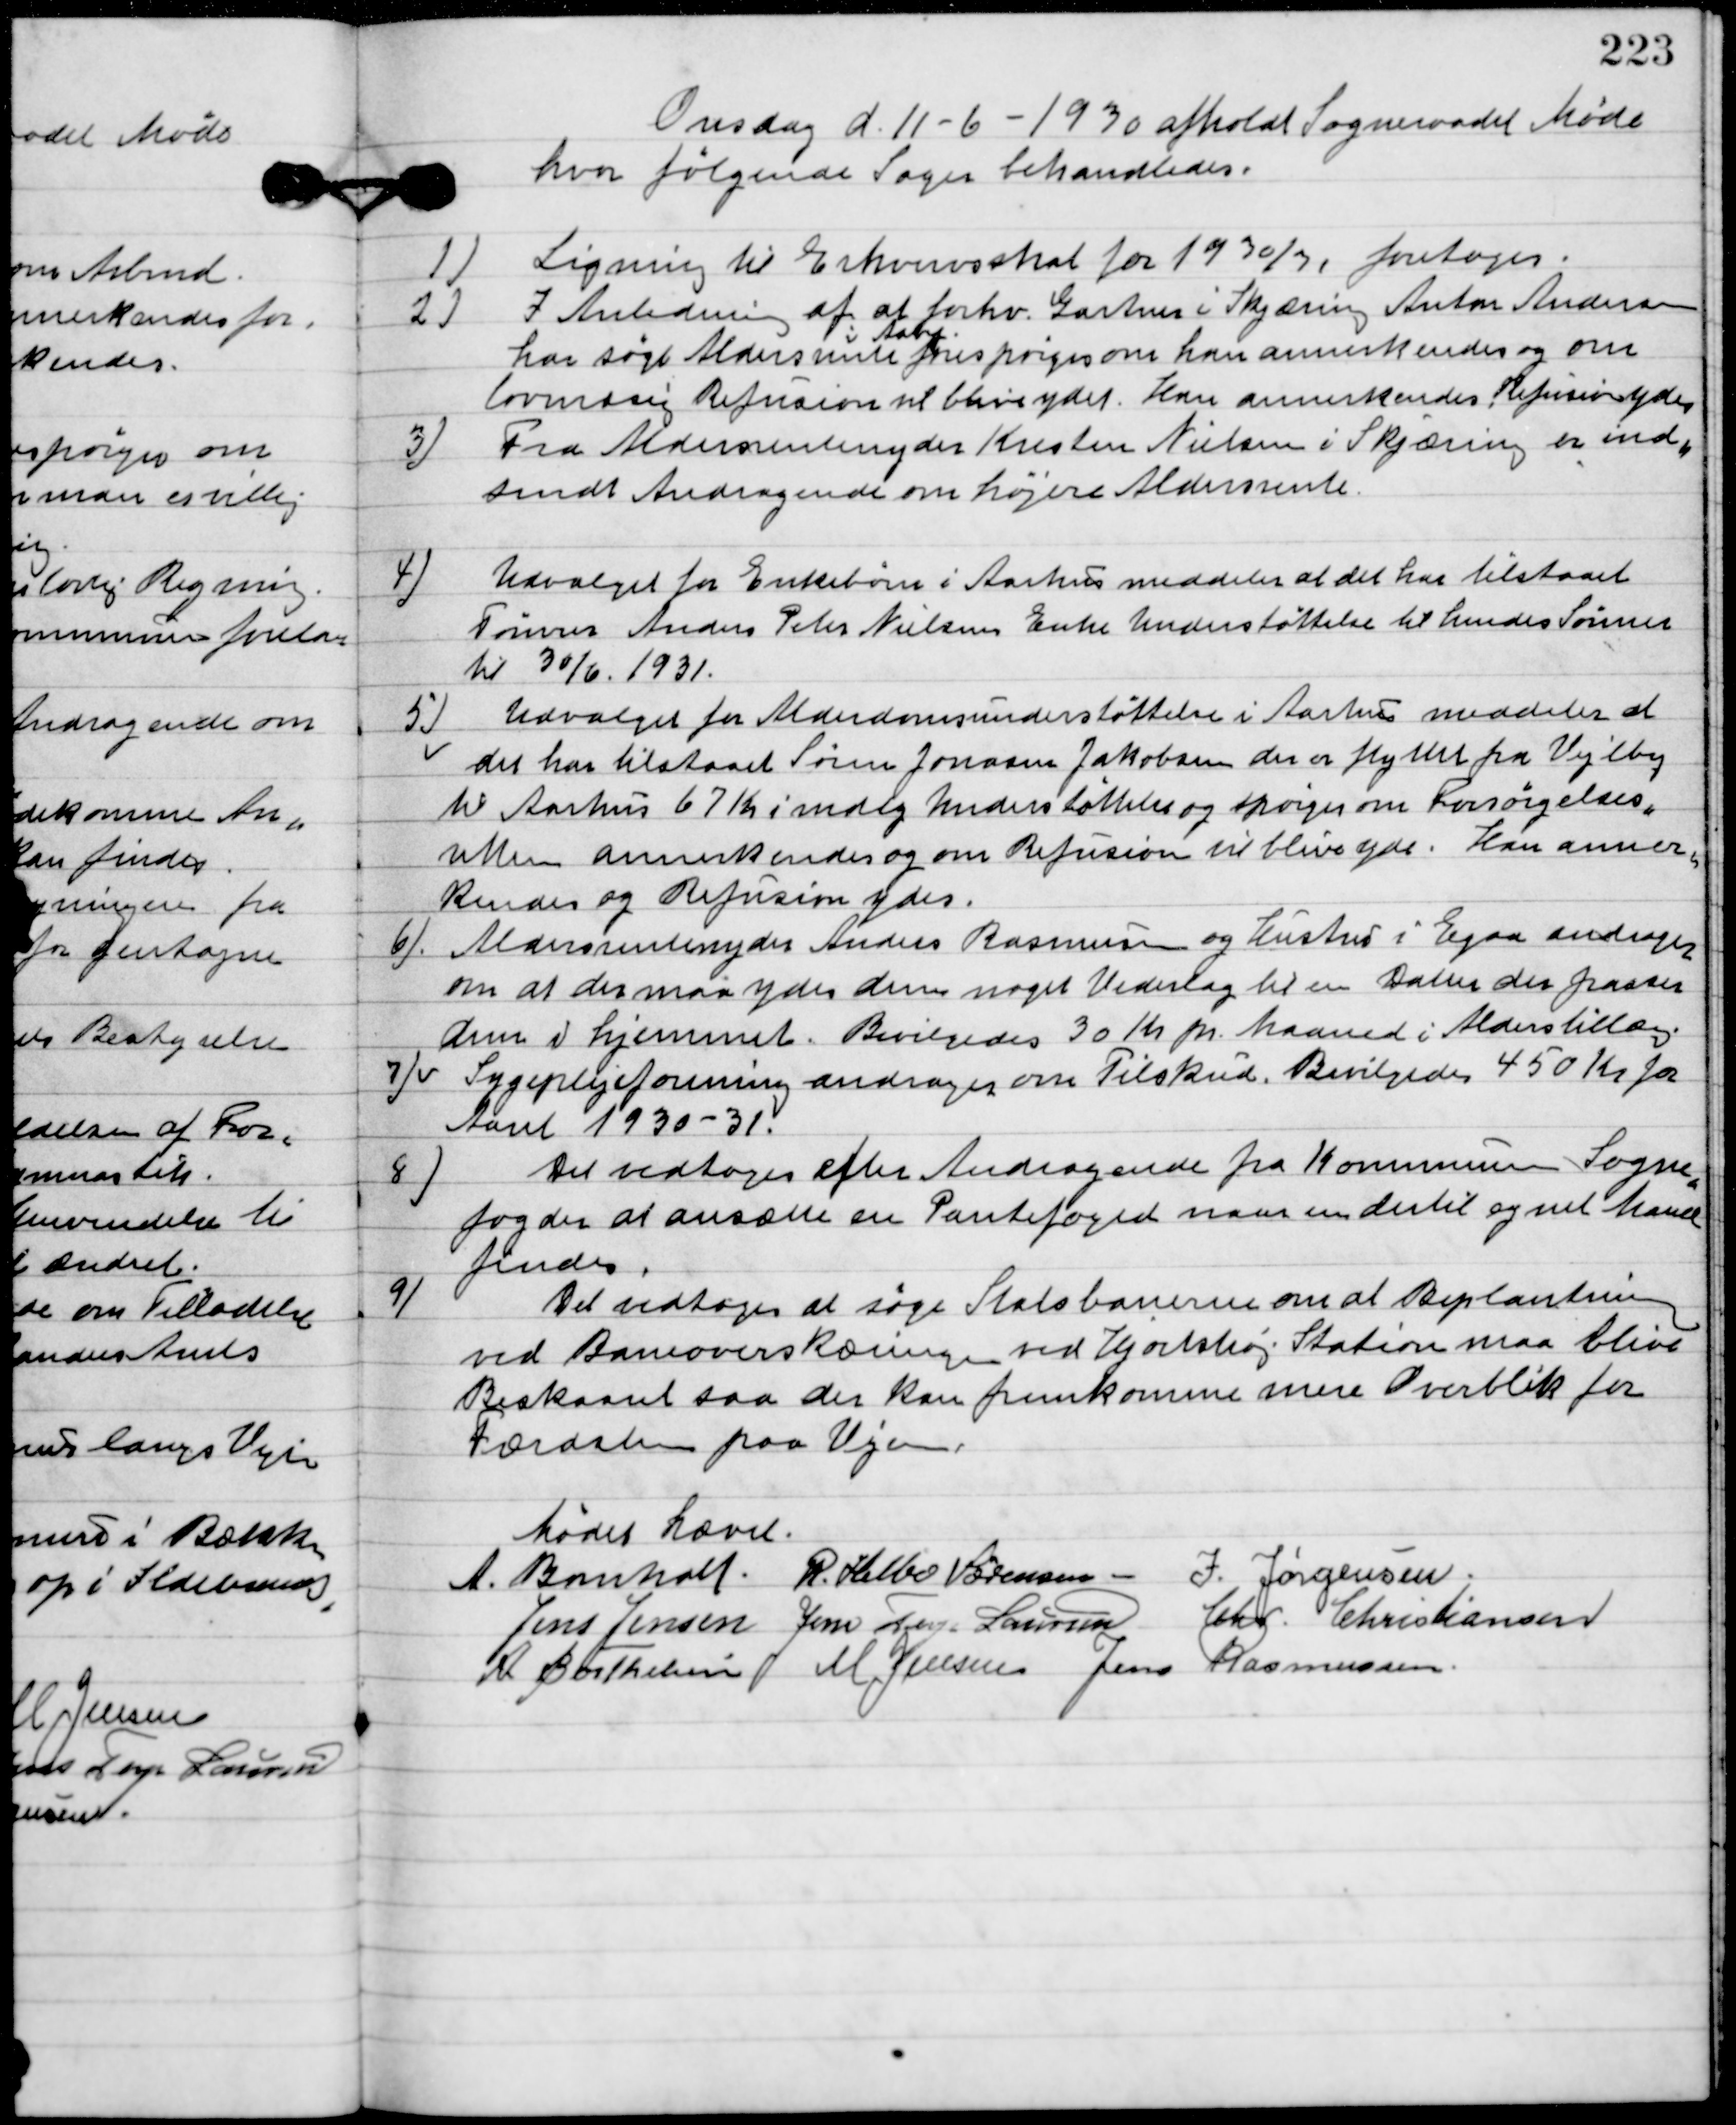
Transskription:
Onsdag d. 11-6-1930 afholdt Sogneraadet Møde
hvor følgende sager behandledes.

1

Ligning til Erhvervsskat for 1930/31 foretoges.

2

I anledningen af at forhv. Gartner i Skjæring Anton Andersen
har søgt aldersrente
 i Aarhus
forespørger om han annerkendes og om
lovmæssig refusion vil blive ydet.
Han annerkendes Refusions ydes.

3

Fra Aldersrentenyder Kristen Nielsen i Skjæring er ind-
sendt andragende om højere Aldersrente.

4

Udvalget for enkebørn i Aarhus meddeler at det har tilstaaet
Tømrer Anders Peter Nielsen Enke Understøttelse til hendes Sønner
til 30/6. 1931.

5

Udvalget for Aldersrenteunderstøttelse i Aarhus meddeler at
det har tilstaaet Søren Jonasen Jakobsen der er flyttet fra Vejleby
til Aarhus 67 Kr. i Mdnlg. Understøttelse og spørger om forsørgelsen
ville annerkends og om refusion vil blive ydet.
Kan anner-
kendes og refusion ydes.

6

Aldersrenteydere Anders Rasmussen og hustru i Egaa andrager
om at der maa ydes dem noget vederlag til en datter der passer
dem i hjemmet.
Bevilgedes 30 Kr. pr. Maaned i Alderstillæg.

7

Sygeplejeforening andrager om Tilskud.
 Bevilgedes 450 Kr. for
Aarent 1930-31.

8

Det vedtoges efter Andragende fra Kommunen Sogne-
foged der at ansætte en Pantefoged men en dertil og vel havde
findes.

9.

Det vedtoges at søge statsbanen om at Beplantningen
ved Baneoverskæring ved Hjortshøj Station maa blive
beskaaret saa der kan fremkomme mere Overblik for
færdslen paa Vejen.

Mødet hævet.

A. Bomholt
R. Helbo Sørensen
I. Jørgensen
Jens Jensen
Jens Terp Laursen
Chr. Christiansen
A. Berthelsen
M. Jensen
Jens Rasmussen